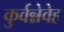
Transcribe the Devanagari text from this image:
कुर्वन्नेवेह